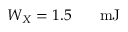
W _ { X } = 1 . 5 \ensuremath { \mathrm { ~ \textrm ~ { ~ \, ~ } ~ } } \ensuremath { \mathrm { m J } }